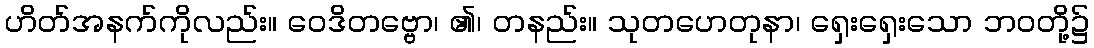
ဟိတ်အနက်ကိုလည်း။ ဝေဒိတဗ္ဗော၊ ၏၊ တနည်း။ သုတဟေတုနာ၊ ရှေးရှေးသော ဘဝတို့၌